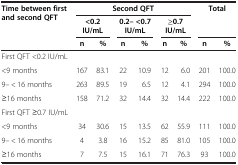
| <ROWSPAN=2> Time between first and second QFT | <COLSPAN=6> Second QFT | <ROWSPAN=2-COLSPAN=2> Total |
 | <COLSPAN=2> <0.2 IU/mL | <COLSPAN=2> 0.2– <0.7 IU/mL | <COLSPAN=2> ≥0.7 IU/mL |
 |  | n | % | n | % | n | % | n | % |
 | --- | --- | --- | --- | --- | --- | --- | --- | --- |
 | First QFT <0.2 IU/mL |  |  |  |  |  |  |  |  |
 | <9 months | 167 | 83.1 | 22 | 10.9 | 12 | 6.0 | 201 | 100.0 |
 | 9– < 16 months | 263 | 89.5 | 19 | 6.5 | 12 | 4.1 | 294 | 100.0 |
 | ≥16 months | 158 | 71.2 | 32 | 14.4 | 32 | 14.4 | 222 | 100.0 |
 | <COLSPAN=9> First QFT ≥0.7 IU/mL |
 | <9 months | 34 | 30.6 | 15 | 13.5 | 62 | 55.9 | 111 | 100.0 |
 | 9– < 16 months | 4 | 3.8 | 16 | 15.2 | 85 | 81.0 | 105 | 100.0 |
 | ≥16 months | 7 | 7.5 | 15 | 16.1 | 71 | 76.3 | 93 | 100.0 |